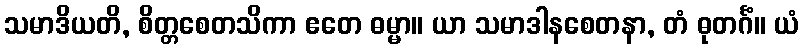
သမာဒိယတိ, စိတ္တစေတသိကာ ဧတေ ဓမ္မာ။ ယာ သမာဒါနစေတနာ, တံ ဓုတင်္ဂံ။ ယံ